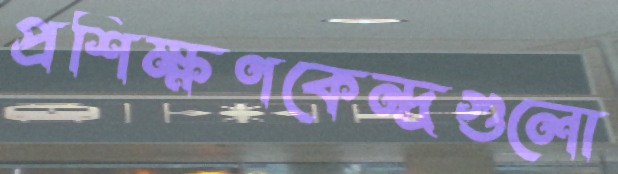
প্রশিক্ষণকেন্দ্রগুলো